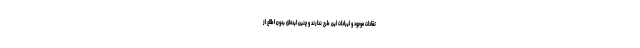
تقادات موجود و ایرادات این طرح ندارند و چنین ایده‌ای بدون اطلاع از